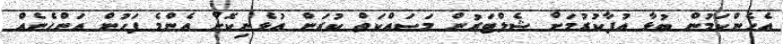
އެހެންކަމުން ބުޅާ އުފާކުރުމަށް ޝެލްޓަރުން މަސައްކަތް ކުރަން އުޅެނިކޮށް އެންމެ ފަހުން އަންހެނެއް